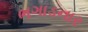
ભગાડનાર